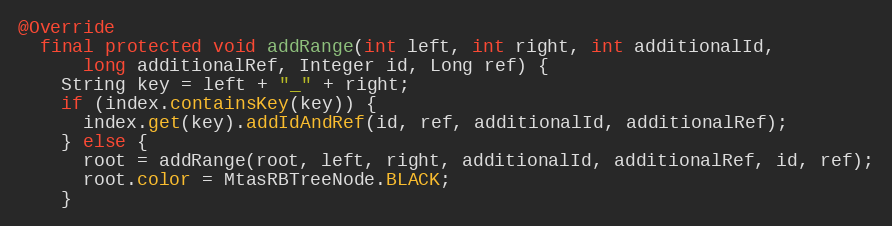
Language: Java
@Override
  final protected void addRange(int left, int right, int additionalId,
      long additionalRef, Integer id, Long ref) {
    String key = left + "_" + right;
    if (index.containsKey(key)) {
      index.get(key).addIdAndRef(id, ref, additionalId, additionalRef);
    } else {
      root = addRange(root, left, right, additionalId, additionalRef, id, ref);
      root.color = MtasRBTreeNode.BLACK;
    }